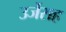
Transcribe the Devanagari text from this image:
उर्जेसह